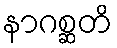
နာဂစ္ဆတိ